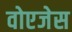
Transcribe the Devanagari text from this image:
वोएजेस